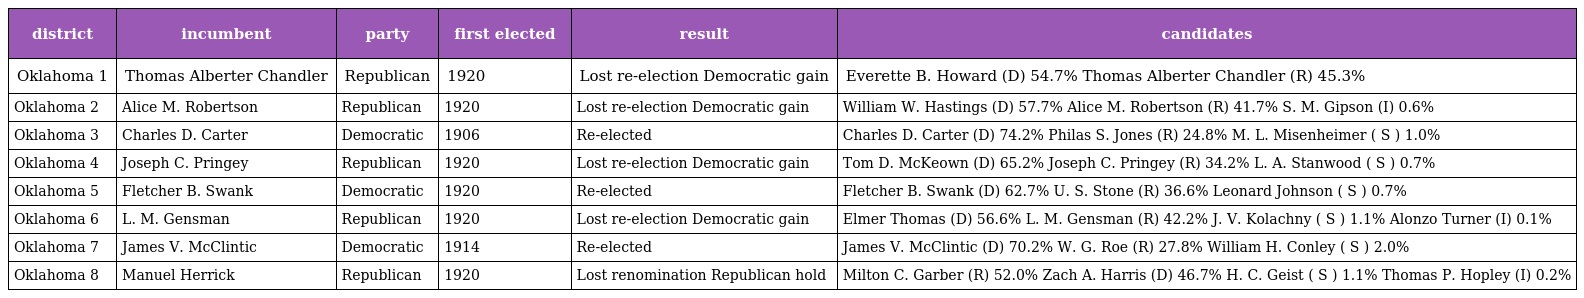
| district | incumbent | party | first elected | result | candidates |
 | --- | --- | --- | --- | --- | --- |
 | Oklahoma 1 | Thomas Alberter Chandler | Republican | 1920 | Lost re-election Democratic gain | Everette B. Howard (D) 54.7% Thomas Alberter Chandler (R) 45.3% |
 | Oklahoma 2 | Alice M. Robertson | Republican | 1920 | Lost re-election Democratic gain | William W. Hastings (D) 57.7% Alice M. Robertson (R) 41.7% S. M. Gipson (I) 0.6% |
 | Oklahoma 3 | Charles D. Carter | Democratic | 1906 | Re-elected | Charles D. Carter (D) 74.2% Philas S. Jones (R) 24.8% M. L. Misenheimer ( S ) 1.0% |
 | Oklahoma 4 | Joseph C. Pringey | Republican | 1920 | Lost re-election Democratic gain | Tom D. McKeown (D) 65.2% Joseph C. Pringey (R) 34.2% L. A. Stanwood ( S ) 0.7% |
 | Oklahoma 5 | Fletcher B. Swank | Democratic | 1920 | Re-elected | Fletcher B. Swank (D) 62.7% U. S. Stone (R) 36.6% Leonard Johnson ( S ) 0.7% |
 | Oklahoma 6 | L. M. Gensman | Republican | 1920 | Lost re-election Democratic gain | Elmer Thomas (D) 56.6% L. M. Gensman (R) 42.2% J. V. Kolachny ( S ) 1.1% Alonzo Turner (I) 0.1% |
 | Oklahoma 7 | James V. McClintic | Democratic | 1914 | Re-elected | James V. McClintic (D) 70.2% W. G. Roe (R) 27.8% William H. Conley ( S ) 2.0% |
 | Oklahoma 8 | Manuel Herrick | Republican | 1920 | Lost renomination Republican hold | Milton C. Garber (R) 52.0% Zach A. Harris (D) 46.7% H. C. Geist ( S ) 1.1% Thomas P. Hopley (I) 0.2% |